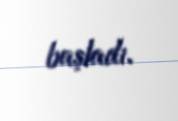
başladı.